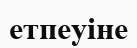
етпеуіне